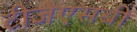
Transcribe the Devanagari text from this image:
टीजेएसबी